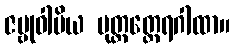
ဇမ္ဗုဝါမိယ ပုတ္တတ္ထေရဂါထာ။